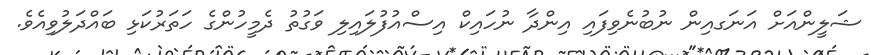
ޝަލީންއަށް އަނަގއިން ނުބުނެވިފައި އިންދާ ނުހައިކް އިސްއުފުލައިލި ވަގުތު ދެމީހުންގެ ހަތަރުކަޅި ބައްދަލުވިއެވެ.